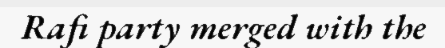
Rafi party merged with the